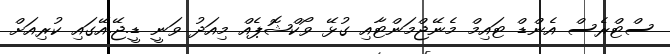
ސްޓްރެސް އެންޑް ޓައިމް މެނޭޖްމަންޓާއި ގުޅޭ ވޯކްޝޮޕެއް މިއަދު ވަނީ ޑީ.ޖޭ.އޭގައި ކުރިއަށް